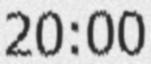
20:00